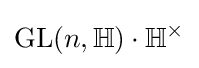
\operatorname {GL} (n,\mathbb {H} )\cdot \mathbb {H} ^{\times }